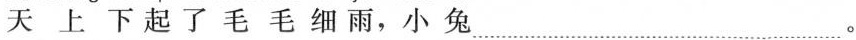
天上下起了毛毛细雨，小兔.......。